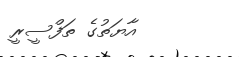
އާޔަތުގެ ތަފްސީރީ